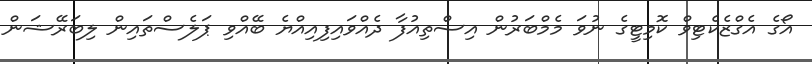
އޯގެ އެގްޒެކެޓިވް ކޮމިޓީގެ ނުވަ މެމްބަރުން އިސްތިއުފާ ދެއްވައިފިއިއްޔެ ބޭއްވި ޕަލެސްތައިން ލިބަރޭޝަން